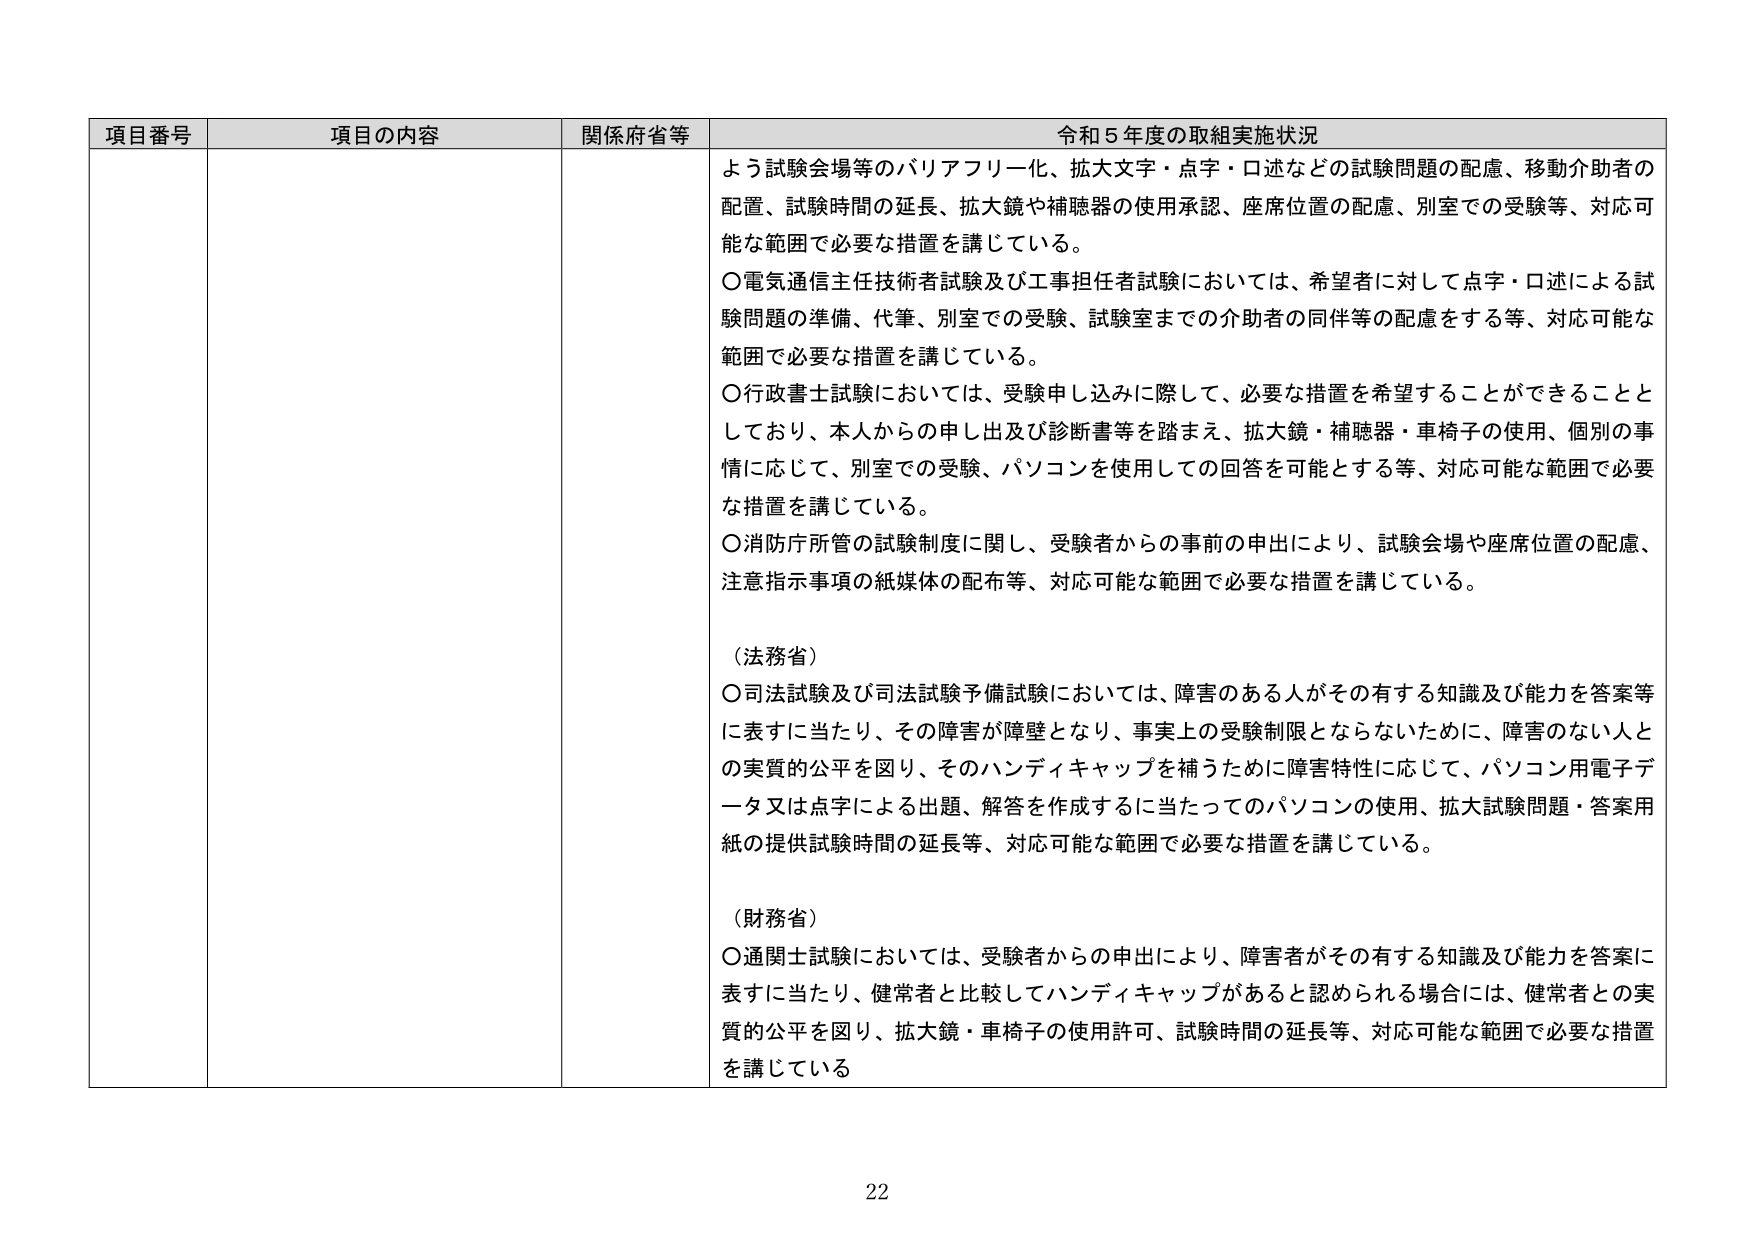
項目番号 項目の内容 関係府省等 令和５年度の取組実施状況
よう試験会場等のバリアフリー化、拡大文字・点字・口述などの試験問題の配慮、移動介助者の配置、試験時間の延長、拡大鏡や補聴器の使用承認、座席位置の配慮、別室での受験等、対応可能な範囲で必要な措置を講じている。
〇電気通信主任技術者試験及び工事担任者試験においては、希望者に対して点字・口述による試験問題の準備、代筆、別室での受験、試験室までの介助者の同伴等の配慮をする等、対応可能な範囲で必要な措置を講じている。
〇行政書士試験においては、受験申し込みに際して、必要な措置を希望することができることとしており、本人からの申し出及び診断書等を踏まえ、拡大鏡・補聴器・車椅子の使用、個別の事情に応じて、別室での受験、パソコンを使用しての回答を可能とする等、対応可能な範囲で必要な措置を講じている。
〇消防庁所管の試験制度に関し、受験者からの事前の申出により、試験会場や座席位置の配慮、注意指示事項の紙媒体の配布等、対応可能な範囲で必要な措置を講じている。
（法務省）
〇司法試験及び司法試験予備試験においては、障害のある人がその有する知識及び能力を答案等に表すに当たり、その障害が障壁となり、事実上の受験制限とならないために、障害のない人との実質的公平を図り、そのハンディキャップを補うために障害特性に応じて、パソコン用電子データ又は点字による出題、解答を作成するに当たってのパソコンの使用、拡大試験問題・答案用紙の提供試験時間の延長等、対応可能な範囲で必要な措置を講じている。
（財務省）
〇通関士試験においては、受験者からの申出により、障害者がその有する知識及び能力を答案に表すに当たり、健常者と比較してハンディキャップがあると認められる場合には、健常者との実質的公平を図り、拡大鏡・車椅子の使用許可、試験時間の延長等、対応可能な範囲で必要な措置を講じている
22